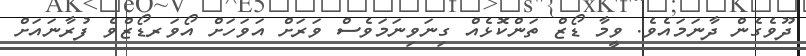
ދޫވެގެން ދާނަމައެވެ. ވީމާ ޑޯޒް ތަންކޮޅެއް ގިނަވިނަމަވެސް ވަރަށް އަވަހަށް އޯވަރޑޯޒްވެ ފުރާނައަށް